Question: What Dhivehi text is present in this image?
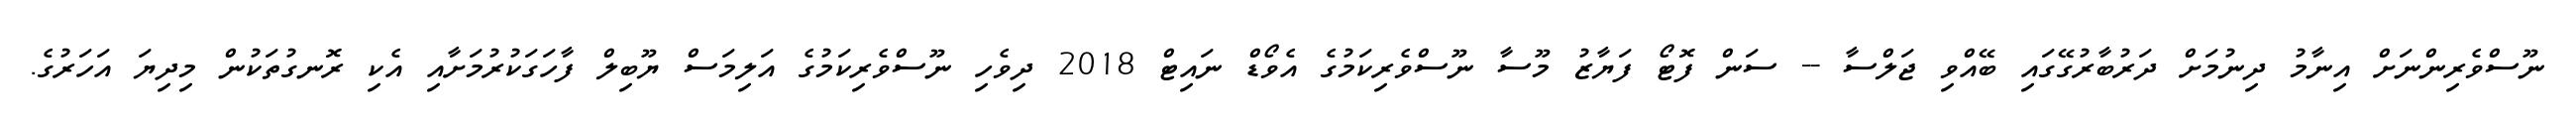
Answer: ނޫސްވެރިންނަށް އިނާމު ދިނުމަށް ދަރުބާރުގޭގައި ބޭއްވި ޖަލްސާ -- ސަން ފޮޓޯ ފަޔާޒު މޫސާ ނޫސްވެރިކަމުގެ އެވޯޑް ނައިޓް 2018 ދިވެހި ނޫސްވެރިކަމުގެ އަލިމަސް ޔޫބިލް ފާހަގަކުރުމަށާއި އެކި ރޮނގުތަކުން މިދިޔަ އަހަރުގެ.